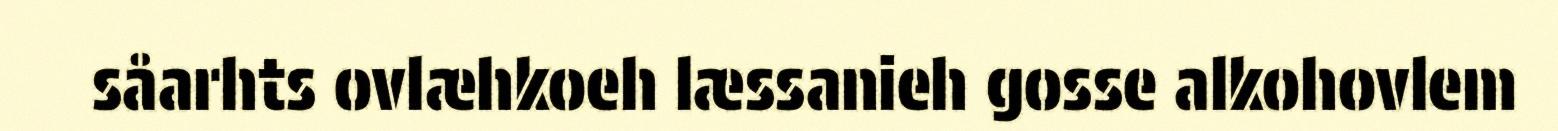
såarhts ovlæhkoeh læssanieh gosse alkohovlem